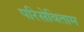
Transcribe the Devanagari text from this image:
परिसेविताम